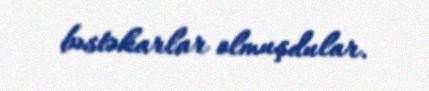
bəstəkarlar olmuşdular.